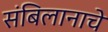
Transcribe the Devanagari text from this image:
संबिलानाचे